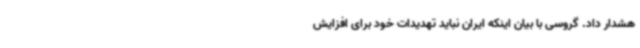
هشدار داد. گروسی با بیان اینکه ایران نباید تهدیدات خود برای افزایش